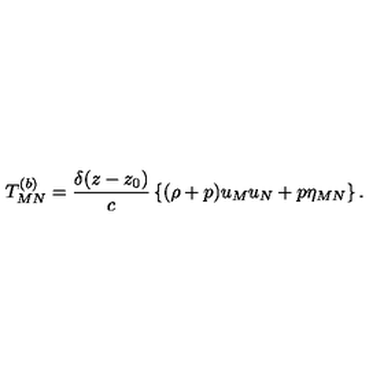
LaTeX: T _ { M N } ^ { ( b ) } = { \frac { \delta ( z - z _ { 0 } ) } { c } } \left\{ ( \rho + p ) u _ { M } u _ { N } + p \eta _ { M N } \right\} .